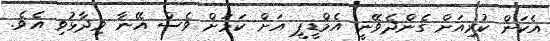
އެކަން ކުރިއަށް ގެންދެވޭނީ އެމްޑީޕީ އަށް ކަމަށް ވެސް އޭނާ ވިދާޅުވި އެވެ.